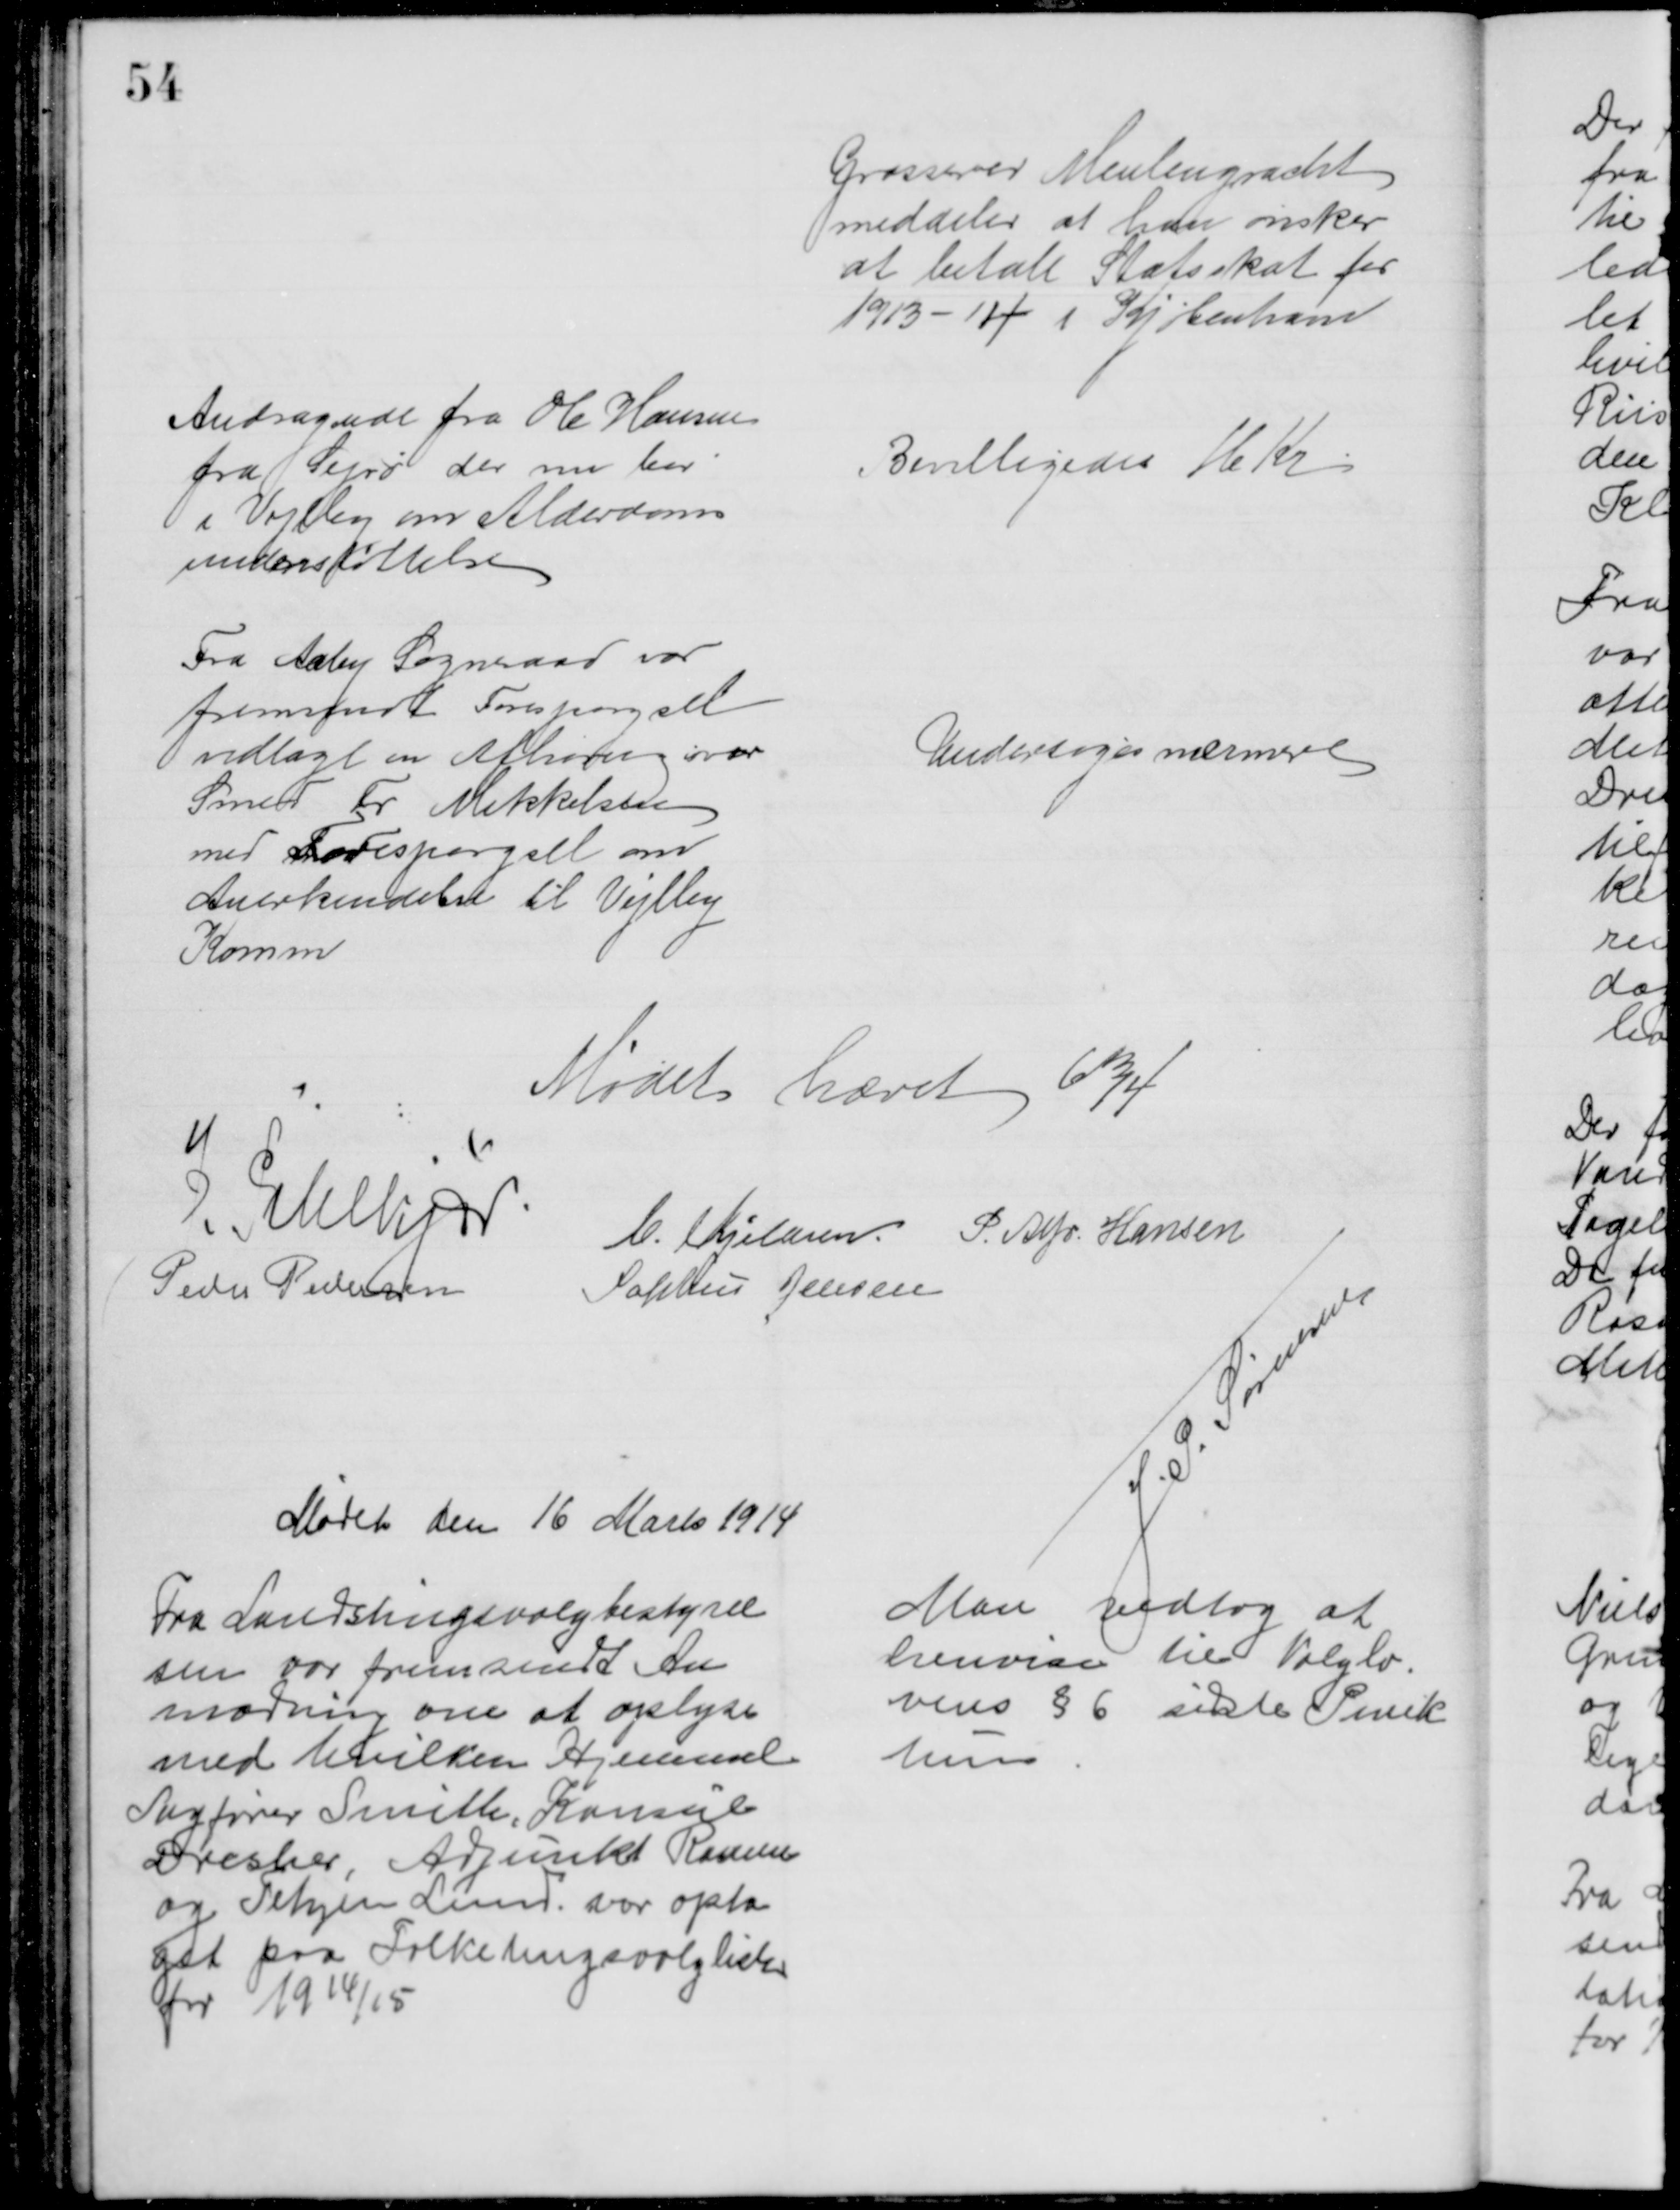
Transskription:
Grosserer Meulengracht
meddeler at han ønsker 
at betale Statsskat for
1913-14 i Kjøbenhavn
Andragende fra Ole Hansen
fra Sejrø der nu bor
i Vejlby om Alderdoms
understøttelse
Bevilligedes 16 Kr.
Fra Aaby Sogneraad var
fremsendt Forespørgsel
vedlagt en Afhøring over
Smed Fr Mikkelsen
med Forespørgsel om
Anerkendelse til Vejlby
Komm
Undersøges nærmere
Mødet hævet 6¾
J. Pihlkjær
C. Kjeldsen P. Alfr. Hansen
Peder Pedersen
Sophus Jensen
J. S. Sørensen
Mødet den 16 Marts 1914
Fra Landstingsvalgbestyrel
sen var fremsendt An
modning om at oplyse
med hvilken Hjemmel
Sagfører Smith, Konsul
Dresher, Adjunkt Ramm
og Tetzen Lund var opta
get paa Folketingsvalglisten
for 1914/15
Man vedtog at
henvise til Valglo-
vens § 6 sidste Punk
tum